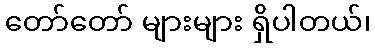
တော်တော် များများ ရှိပါတယ်၊